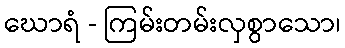
ဃောရံ - ကြမ်းတမ်းလှစွာသော၊